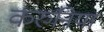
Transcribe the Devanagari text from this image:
करुनिया